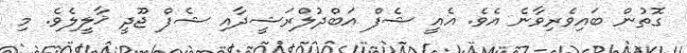
ގޮތުން ބައިވެރިވާނެ އެވެ. އެއީ ޝެފް އަބްދުލްރަޝީދާއި ޝެފް ޖޫދީ ޚާލީލެވެ. މި